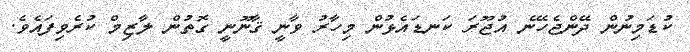
ކުޑަމިނުން ދޭންޖެހޭނެ އުޖޫރަ ކަނޑައެޅުން މިހާރު ވާނީ ޤާނޫނީ ގޮތުން ލާޒިމް ކުރެވިފައެވެ.